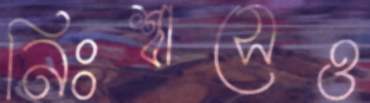
নিঃশ্বাসেও